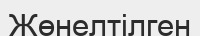
Жөнелтілген